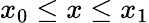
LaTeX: x_{0}\leq x\leq x_{1}